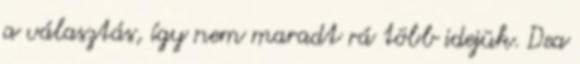
a választás, így nem maradt rá több idejük. Dea